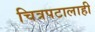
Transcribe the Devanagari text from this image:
चित्रपटालाही